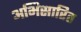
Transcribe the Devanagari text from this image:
अभिसारित